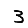
Digit: 3